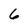
Character: 6